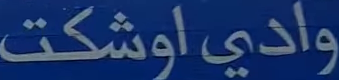
وادي اوشكت